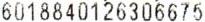
6018840126306675